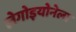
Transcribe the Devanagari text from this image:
लेगोइयोनेला